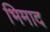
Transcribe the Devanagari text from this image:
भिमाद